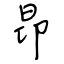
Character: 昂